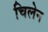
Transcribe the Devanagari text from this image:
चिलेन